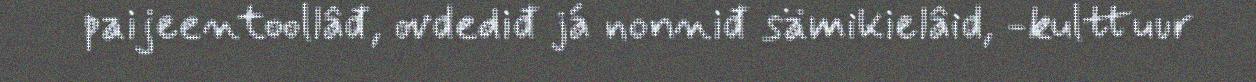
paijeentoollâđ, ovdediđ já nonniđ sämikielâid, -kulttuur